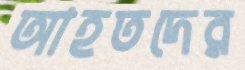
আহতদের